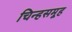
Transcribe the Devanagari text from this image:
चिन्हसमूह